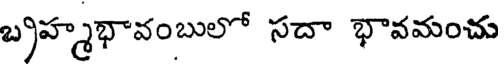
బ్రహ్మభావంబులో సదా భావమంచు